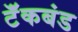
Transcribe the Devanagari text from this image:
टॅंकबंड